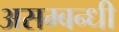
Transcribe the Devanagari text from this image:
असम्बन्धी